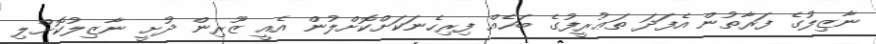
ނާޒިލުގެ ފަރާތުން އެފަދަ ތަޢުރީފުގެ ބަހެއް ފިރިހެނަކަށްކޮށްލުން އެއީ ޒޫރިން ދުށީ ނާޒިލުކޮށްލި